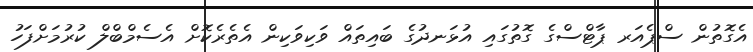
އެގޮތުން ސްޕެއަރ ޕާޓްސްގެ ގޮތުގައި އުޅަނދުގެ ބައިތައް ވަކިވަކިން އެތެރެކޮށް އެސެމްބްލް ކުރުމަށްފަހު